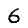
Digit: 6